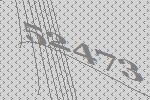
52473